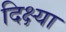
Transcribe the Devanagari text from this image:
दिक्ष्या